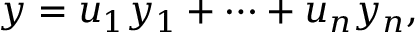
y = u _ { 1 } y _ { 1 } + \cdots + u _ { n } y _ { n } ,